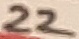
Text: 22